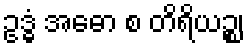
ဥဒ္ဓံ အဓော စ တိရိယဉ္စ၊